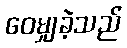
ဝေမျှခဲ့သည်